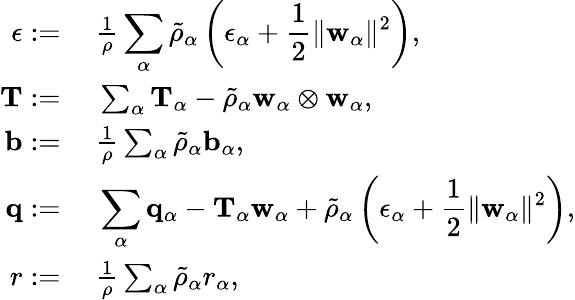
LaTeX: \begin{array}{rl}{\epsilon:=}&{~\frac{1}{\rho}\displaystyle\sum_{\alpha}\tilde{\rho}_{\alpha}\left(\epsilon_{\alpha}+\frac{1}{2}\| \mathbf{w}_{\alpha}\| ^{2}\right),}\\ {\mathbf{T}:=}&{~\sum_{\alpha}\mathbf{T}_{\alpha}-\tilde{\rho}_{\alpha}\mathbf{w}_{\alpha}\otimes\mathbf{w}_{\alpha},}\\ {\mathbf{b}:=}&{~\frac{1}{\rho}\sum_{\alpha}\tilde{\rho}_{\alpha}\mathbf{b}_{\alpha},}\\ {\mathbf{q}:=}&{~\displaystyle\sum_{\alpha}\mathbf{q}_{\alpha}-\mathbf{T}_{\alpha}\mathbf{w}_{\alpha}+\tilde{\rho}_{\alpha}\left(\epsilon_{\alpha}+\frac{1}{2}\| \mathbf{w}_{\alpha}\| ^{2}\right),}\\ {r:=}&{~\frac{1}{\rho}\sum_{\alpha}\tilde{\rho}_{\alpha}r_{\alpha},}\end{array}